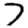
Digit: 7